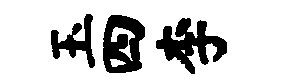
玉四李